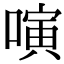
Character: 𠻤